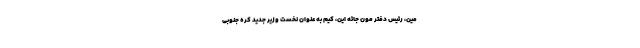
مین، رئیس دفتر مون جائه این، کیم به عنوان نخست وزیر جدید کره جنوبی